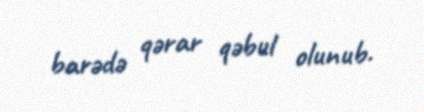
barədə qərar qəbul olunub.